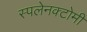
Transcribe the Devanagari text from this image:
स्पलेनक्टोमी